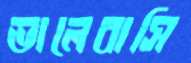
ভালেবাসি